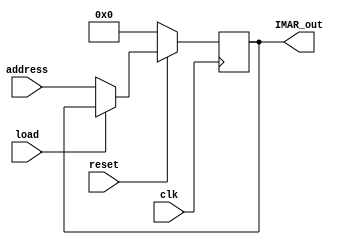
// INPUT AND Memory Address Register

module IMAR( input clk,
				 input load,
				 input [3:0] address,
				 input reset,
				 output reg [3:0] IMAR_out);
				 
	always @(posedge clk) begin
	
		if (!reset) begin //Active low reset
			IMAR_out <= 4'b0000;
		end
		
		else if (!load) begin // Active low load
			IMAR_out <= address;
		end
		
		
	end 
				 
endmodule